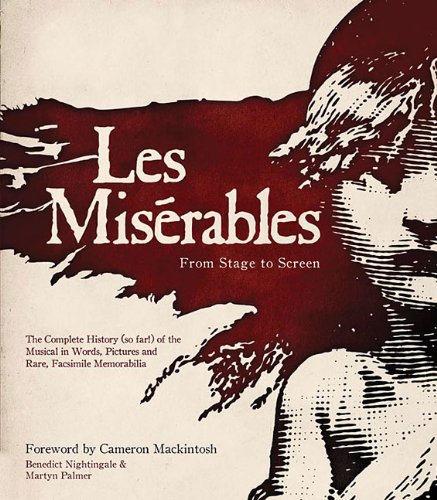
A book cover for Les MisÃ©rables: From Stage to Screen; Benedict Nightingale; Humor & Entertainment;